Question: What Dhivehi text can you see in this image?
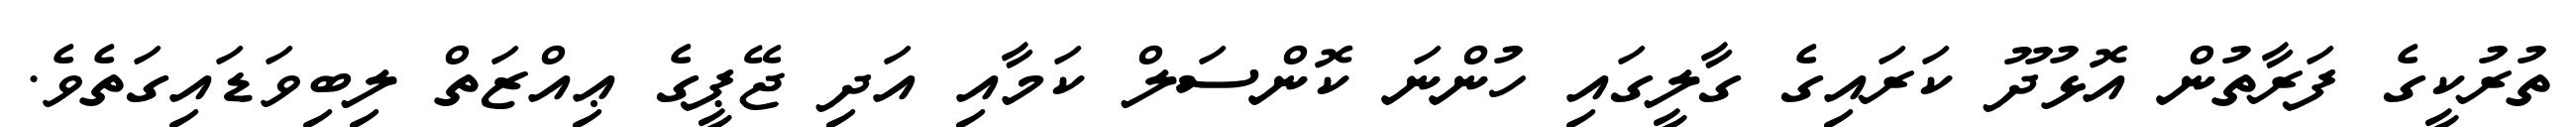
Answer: ތުރުކީގެ ފަރާތުން އޮޅުދޫ ކަރައިގެ ގާލީގައި ހުންނަ ކޮންސަލް ކަމާއި އަދި ޖޭޕީގެ ޢިއްޒަތް ލިބިވަޑައިގަތެވެ.